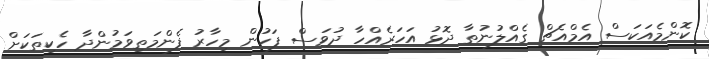
ކޮންމެއަކަސް އެމްއެޗް ގެއްލުނުތާ ދޮޅު އަހަރެއްހާ ދުވަސް ފަހުން މިހާރު ފެންމަތިވަމުންދާ ހެކިތަކަށް